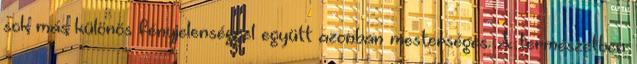
sok más különös fényjelenséggel együtt azonban mesterséges. A természetben